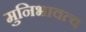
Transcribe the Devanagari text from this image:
मुनिभावत्व